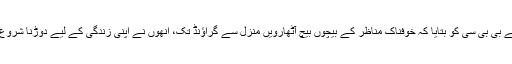
انھوں نے بی بی سی کو بتایا کہ خوفناک مناظر کے بیچوں بیچ آٹھارویں منزل سے گراؤنڈ تک، انھوں نے اپنی زندگی کے لیے دوڑنا شروع کر دیا۔